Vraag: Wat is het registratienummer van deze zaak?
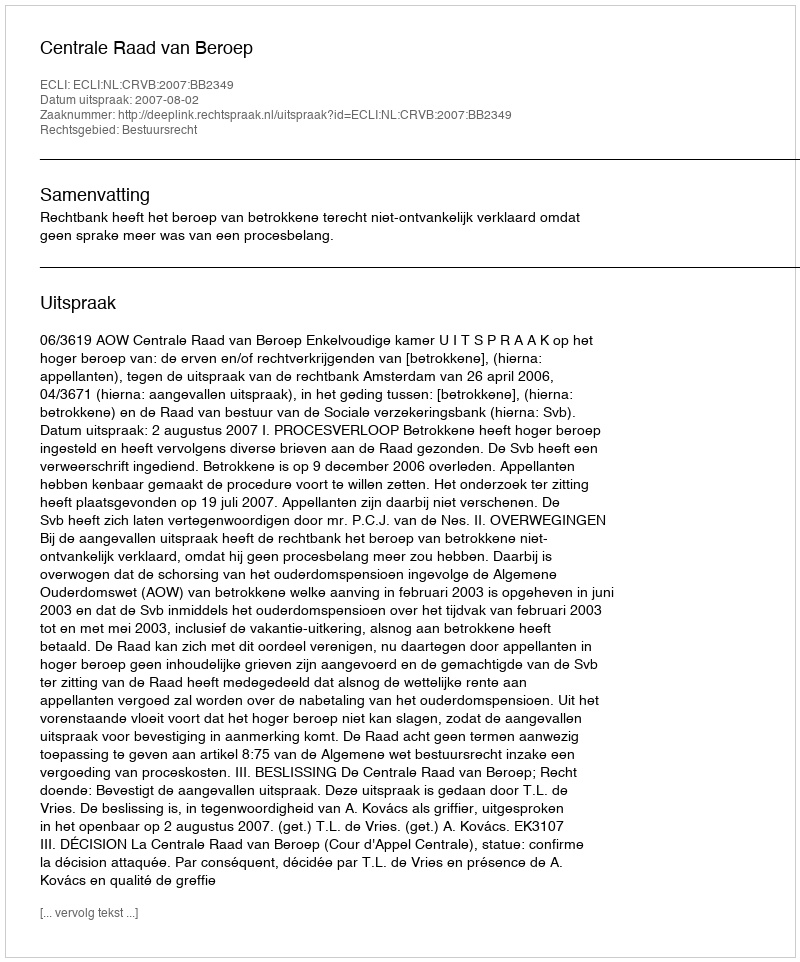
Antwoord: http://deeplink.rechtspraak.nl/uitspraak?id=ECLI:NL:CRVB:2007:BB2349